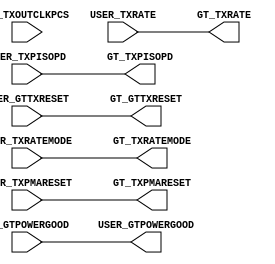
module gtwizard_ultrascale_v1_7_1_gtye4_delay_powergood # (
  parameter C_USER_GTPOWERGOOD_DELAY_EN = 0,
  parameter C_PCIE_ENABLE = "FALSE"
)(
  input wire GT_TXOUTCLKPCS,

  input wire GT_GTPOWERGOOD,
  input wire [2:0] USER_TXRATE,
  input wire USER_TXRATEMODE,
  input wire USER_GTTXRESET,
  input wire USER_TXPMARESET,
  input wire USER_TXPISOPD,

  output wire USER_GTPOWERGOOD,
  output wire [2:0] GT_TXRATE,
  output wire GT_TXRATEMODE,
  output wire GT_GTTXRESET,
  output wire GT_TXPMARESET,
  output wire GT_TXPISOPD
);

generate if (C_PCIE_ENABLE || (C_USER_GTPOWERGOOD_DELAY_EN == 0))
begin : gen_powergood_nodelay
  assign GT_TXPISOPD      = USER_TXPISOPD;
  assign GT_GTTXRESET     = USER_GTTXRESET;
  assign GT_TXPMARESET    = USER_TXPMARESET;
  assign GT_TXRATE        = USER_TXRATE;
  assign GT_TXRATEMODE    = USER_TXRATEMODE;
  assign USER_GTPOWERGOOD = GT_GTPOWERGOOD;
end
else
begin: gen_powergood_delay
  (* ASYNC_REG = "TRUE", SHIFT_EXTRACT = "NO" *) reg [4:0] intclk_rrst_n_r;
  reg [3:0] wait_cnt;
  (* KEEP = "TRUE" *) reg pwr_on_fsm = 1'b0;
  wire intclk_rrst_n;
  wire gt_intclk;

  and and1(gt_intclk, GT_TXOUTCLKPCS, !pwr_on_fsm);
  
  //--------------------------------------------------------------------------
  //  POWER ON FSM Encoding
  //-------------------------------------------------------------------------- 
  localparam PWR_ON_WAIT_CNT           = 4'd0;
  localparam PWR_ON_DONE               = 4'd1; 
  
  //--------------------------------------------------------------------------------------------------
  //  Reset Synchronizer
  //--------------------------------------------------------------------------------------------------
  always @ (posedge gt_intclk or negedge GT_GTPOWERGOOD)
  begin
      if (!GT_GTPOWERGOOD)
          intclk_rrst_n_r <= 5'd0;
      else
          intclk_rrst_n_r <= {intclk_rrst_n_r[3:0], 1'd1}; 
  end

  assign intclk_rrst_n = intclk_rrst_n_r[4];

  //--------------------------------------------------------------------------------------------------
  //  Wait counter 
  //--------------------------------------------------------------------------------------------------
  always @ (posedge gt_intclk)
  begin
    if (!intclk_rrst_n)
    	wait_cnt <= 4'd0;
    else begin
    	if (pwr_on_fsm == PWR_ON_WAIT_CNT)
    		wait_cnt <= wait_cnt + 4'd1;
    	else
    		wait_cnt <= 4'd0;
    end
  end

  //--------------------------------------------------------------------------------------------------
  // Power On FSM
  //--------------------------------------------------------------------------------------------------

  always @ (posedge gt_intclk or negedge GT_GTPOWERGOOD)
  begin
    if (!GT_GTPOWERGOOD)
    begin
      pwr_on_fsm <= PWR_ON_WAIT_CNT;
    end
    else begin
      case (pwr_on_fsm)
        PWR_ON_WAIT_CNT :
          begin
            pwr_on_fsm <= (wait_cnt[3] == 1'b1) ? PWR_ON_DONE : PWR_ON_WAIT_CNT;
          end 

        PWR_ON_DONE :
          begin
            pwr_on_fsm <= PWR_ON_DONE;
          end

        default :
        begin
          pwr_on_fsm <= PWR_ON_WAIT_CNT;
        end
      endcase
    end
  end

  assign GT_TXPISOPD      = pwr_on_fsm ? USER_TXPISOPD : 1'b1;
  assign GT_GTTXRESET     = pwr_on_fsm ? USER_GTTXRESET : !GT_GTPOWERGOOD;
  assign GT_TXPMARESET    = pwr_on_fsm ? USER_TXPMARESET : 1'b0;
  assign GT_TXRATE        = pwr_on_fsm ? USER_TXRATE : 3'b001;
  assign GT_TXRATEMODE    = pwr_on_fsm ? USER_TXRATEMODE : 1'b1;
  assign USER_GTPOWERGOOD = pwr_on_fsm; 

end
endgenerate

endmodule